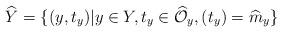
LaTeX: \begin{align*}\widehat{Y} = \{ (y, t_y) \vert y \in Y, t_y \in \widehat{\mathcal{O}}_y, (t_y) = \widehat{m}_y \}\end{align*}